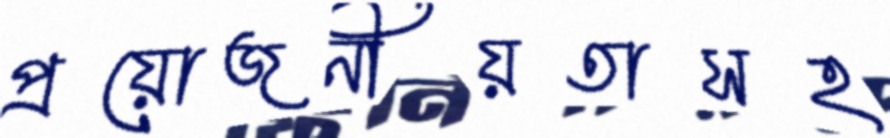
প্রয়োজনীয়তাসহ